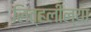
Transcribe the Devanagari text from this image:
लिव्हलील्या